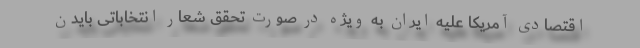
اقتصادی آمریکا علیه ایران به ویژه در صورت تحقق شعار انتخاباتی بایدن